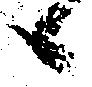
候